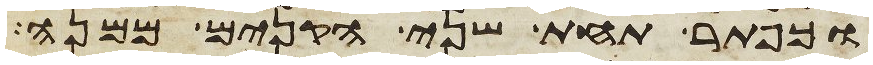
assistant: וכפתר תחת שני הקנים ממנה